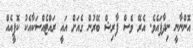
އޮންނާނީ ނިދާފައެވެ. އެރޭ ވެސް ފާރިޝް ބޭރުން ގެއަށް އައީ ރައްޓެއްސަކާއެކު ކޮފީއެއް